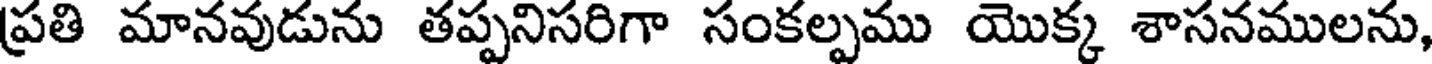
ప్రతి మానవుడును తప్పనిసరిగా సంకల్పము యొక్క శాసనములను,